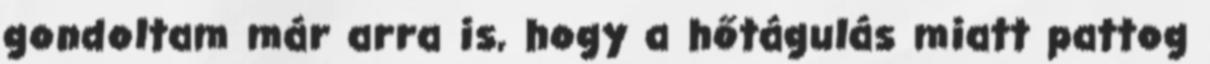
gondoltam már arra is, hogy a hőtágulás miatt pattog